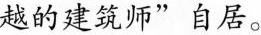
越的建筑师”自居。